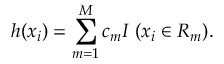
h ( x _ { i } ) = \sum _ { m = 1 } ^ { M } c _ { m } I \: ( x _ { i } \in R _ { m } ) .